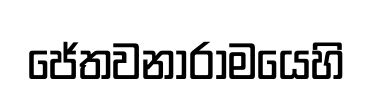
ජේතවනාරාමයෙහි